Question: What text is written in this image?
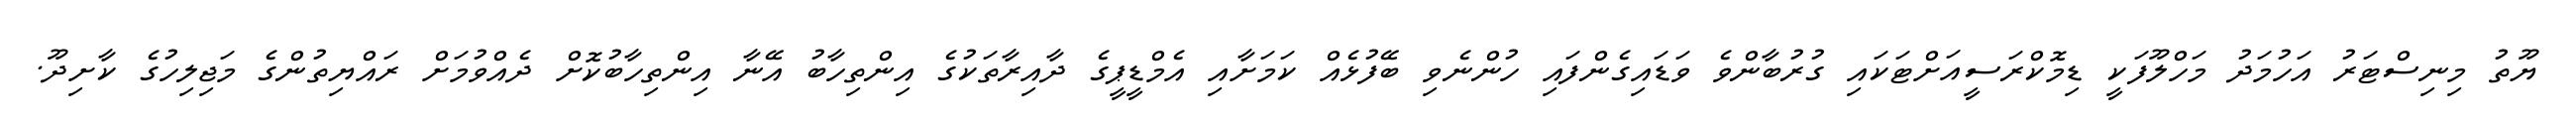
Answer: ޔޫތު މިނިސްޓަރު އަހުމަދު މަހްލޫފަކީ ޑިމޮކްރަސީއަށްޓަކައި ގުރުބާންވެ ވަޑައިގެންފައި ހުންނެވި ބޭފުޅެއް ކަމަށާއި އެމްޑީޕީގެ ދާއިރާތަކުގެ އިންތިހާބު އޭނާ އިންތިހާބުކޮށް ދެއްވުމަށް ރައްޔިތުންގެ މަޖިލިހުގެ ކާށިދޫ.